Annual report on the Civil Veterinary Department, Burma (including the Insein Veterinary School) - 1932-1941
Year: 1932
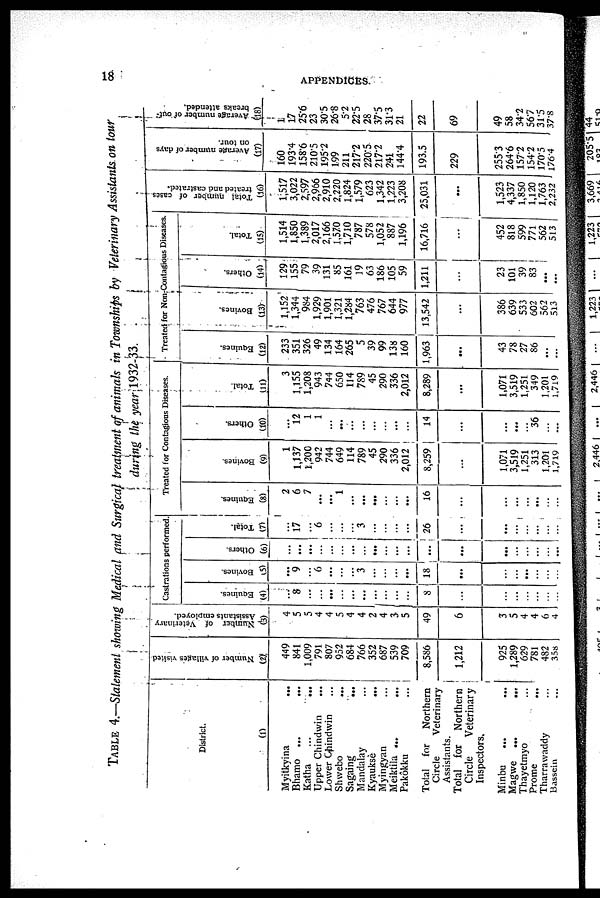
18
APPENDICES.
TABLE 4.—Statement showing Medical and Surgical treatment of animals in Townships by Veterinary Assistants on lour
during the year 1932-33.
District.
(1)
Myitkyina
...
Bhamo ... ...
Katha
... ...
Upper Chindwin
...
Lower Ohindwin ...
Shwebo
...
Sagaing ...
Mandalay ...
Kyauksè
...
Myingyan ...
Meiktila ...
Pakôkku ...
Total for
Northern
Circle
Veterinary
Assistants.
Total for Northern
Circle Veterinary
Inspectors,
Minbu
... ...
Magwe ...
...
Thayetmyo ...
Prome
...
Tharrawaddy ...
Bassein ...
Number of villages visited
(2)
449
841
1,009
791
807
952
684
766
352
687
539
709
8,586
1,212
925
1,289
629
781
482
35s
Number of Veterinary
Assistants employed.
(3)
4
5
5
4
4
5
4
4
2
4
3
5
49
6
3
5
4
4
6
4
Castrations performed.
Equines.
(4)
...
8
...
...
...
...
...
...
...
...
...
...
8
...
...
...
...
...
...
...
Bovines.
(5)
...
9
...
6
...
...
...
3
...
...
...
...
18
...
...
...
...
...
...
...
Others.
(6)
...
...
...
...
...
...
...
...
...
...
...
...
...
...
...
...
...
...
...
...
Total.
(7)
...
17
...
6
...
...
...
3
...
...
...
...
26
...
...
...
...
...
...
...
Treated for Contagious Diseases.
Equines.
(8)
2
6
7
...
...
1
...
...
...
...
...
...
16
...
...
...
...
...
...
...
Bovines.
(9)
1
1,137
1,200
942
744
649
114
789
45
290
336
2,012
8,259
...
1,071
3,519
1,251
313
1,201
1,719
Others.
(10)
...
12
1
1
...
...
...
...
...
...
...
...
14
...
...
...
...
36
...
...
Total.
(11)
3
1,155
1,208
943
744
650
114
789
45
290
336
2,012
8,289
...
1,071
3,519
1,251
349
1,201
1,719
Treated for Non-Contagious Diseases.
Equines.
(12)
233
351
326
49
134
164
265
5
39
99
138
160
1,963 J
...
43
78
27
86
...
...
Bovines.
(13)
1,152
1,344
984
1,929
1,901
1,321
1,284
763
476
767
644
977
13,542
...
386
639
533
602
562
513
Others.
(14)
129
155
79
39
131
85
161
19
63
186
105
59
1,211
...
23
101
39
83
...
...
Total.
(15)
1,514
1,850
1,389
2,017
2,166
1,570
1,710
787
578
1,052
887
1,196
16,716
...
452
818
599
771
562
513
Total number of cases
treated and castrated.
(16)
l;5l7
3,022
2,597
2,966
2,910
2,220
1,824
1,579
623
1,342
1,223
3,208
25,031
...
1,523
4,337
1,850
1,120
1,763
2,232
Average number of days
on tour.
(17)
160
193.4
158.6
210.5
195.2
199
211
217.2
220.5
217.2
241
144.4
193.5
229
255.3
264.6
157.2
154.2
170.5
176.4
Average number of out-
breaks attended.
(18)
1
17
25.6
23
30.5
26.8
5.2
22.5
28
37.5
31.3
21
22
69
49
58
34.2
56.7
31.5
37.8